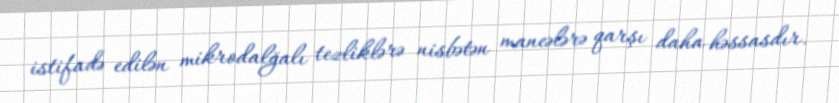
istifadə edilən mikrodalğalı tezliklərə nisbətən maneələrə qarşı daha həssasdır.